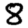
Digit: 8